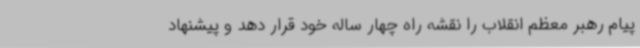
پیام رهبر معظم انقلاب را نقشه راه چهار ساله خود قرار دهد و پیشنهاد